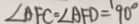
\angle A F C = \angle A F D = 9 0 ^ { \circ }